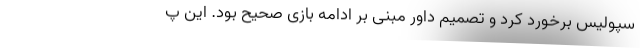
سپولیس برخورد کرد و تصمیم داور مبنی بر ادامه بازی صحیح بود. این پ